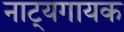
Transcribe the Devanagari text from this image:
नाट्यगायक